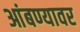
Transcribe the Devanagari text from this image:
आंबण्यावर